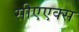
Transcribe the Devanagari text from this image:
सीएएक्स